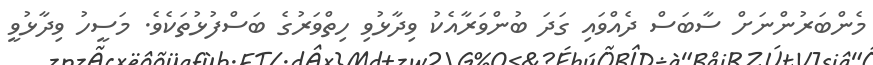
މެންބަރުންނަށް ސާބަސް ދެއްވައި ގަދަ ބުންވަރާއެކު ވިދާޅުވި ހިތްވަރުގެ ބަސްފުޅުތަކެވެ. މަސީހު ވިދާޅުވީ